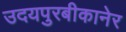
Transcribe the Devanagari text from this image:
उदयपुरबीकानेर